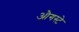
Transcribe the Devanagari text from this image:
औगस्टे